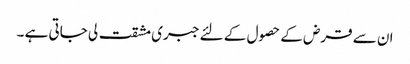
ان سے قرض کے حصول کے لئے جبری مشقت لی جاتی ہے ۔